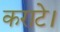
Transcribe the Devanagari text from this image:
कराटे।